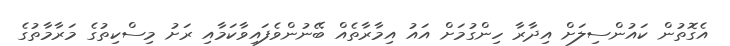
އެގޮތުން ކައުންސިލަށް އިދާރާ ހިންގުމަށް އައު އިމާރާތެއް ބޭނުންވެފައިވާކަމާއި ރަށު މިސްކިތުގެ މަރާމާތުގެ